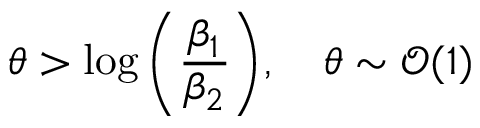
\theta > \log { \left( \frac { \beta _ { 1 } } { \beta _ { 2 } } \right) } , \quad \theta \sim \mathcal { O } ( 1 )